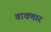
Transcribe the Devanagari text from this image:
वाचणार